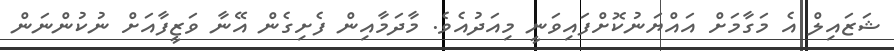
ޝަޒައިލް އެ މަގާމަށް އައްޔަނުކޮށްފައިވަނީ މިއަދުއެވެ. މާދަމާއިން ފެށިގެން އޭނާ ވަޒީފާއަށް ނުކުންނަން